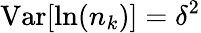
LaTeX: \mathrm{Var}[\ln(n_{k})]=\delta^{2}